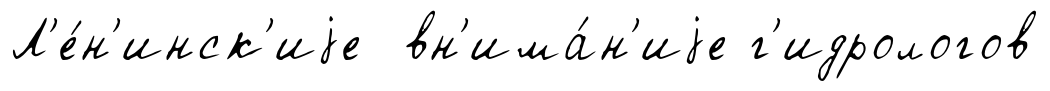
Л'е́н'инск'иjе вн'има́н'иjе г'идрологов